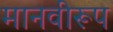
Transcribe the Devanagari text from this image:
मानवीरूप